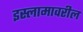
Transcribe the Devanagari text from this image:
इस्लामावरील